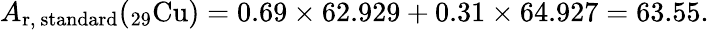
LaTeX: A_{\mathrm{r,~standard}}(_{\mathrm{29}}{\mathrm{Cu}})=0.69\times 62.929+0.31\times 64.927=63.55.